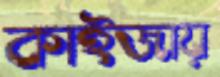
কাইজায়